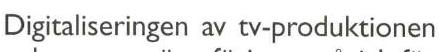
Digitaliseringen av tv-produktionen